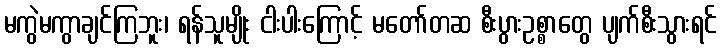
မကွဲမကွာချင်ကြဘူး၊ ရန်သူမျိုး ငါးပါးကြောင့် မတော်တဆ စီးပွားဥစ္စာတွေ ပျက်စီးသွားရင်